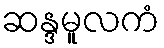
ဆန္ဒမူလကံ